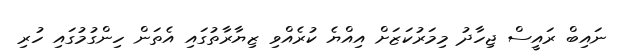
ނައިބް ރައީސް ޖިހާދު މިމަރުކަޒަށް އިއްޔެ ކުރެއްވި ޒިޔާރާތުގައި އެތަން ހިންގުމުގައި ހުރި